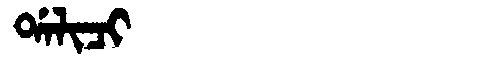
Manchu: ᡩᠠᠯᡳᠴᡳ
Romanization: DALICI